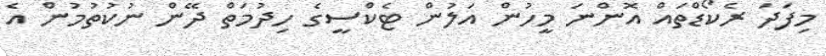
މިފަދަ ރެކޯޑްތައް އޮންނަ މީހުން އަލުން ޓެކްސީގެ ހިދުމަތް ދޭން ނުކުތުމުން އެ